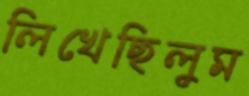
লিখেছিলুম